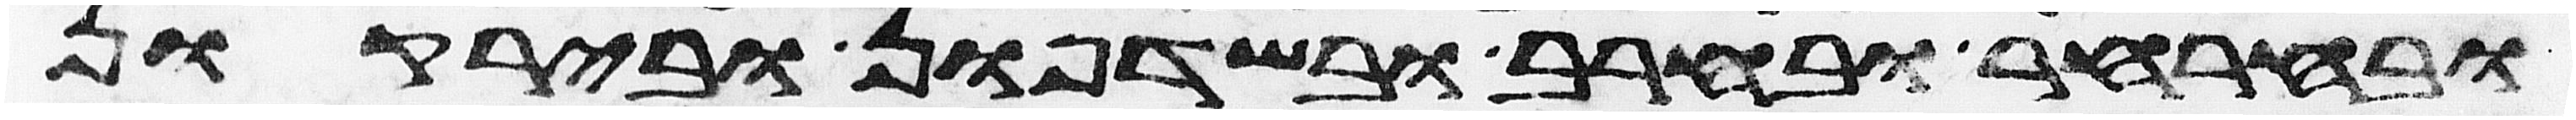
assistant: ובחרחר ובחרב ובשדפון ובירקון